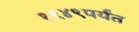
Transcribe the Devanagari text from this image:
१९४९पर्यंत